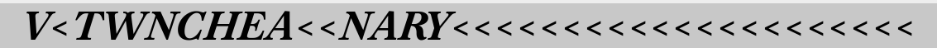
V<TWNCHEA<<NARY<<<<<<<<<<<<<<<<<<<<<